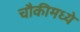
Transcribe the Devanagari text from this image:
चौकीमध्ये